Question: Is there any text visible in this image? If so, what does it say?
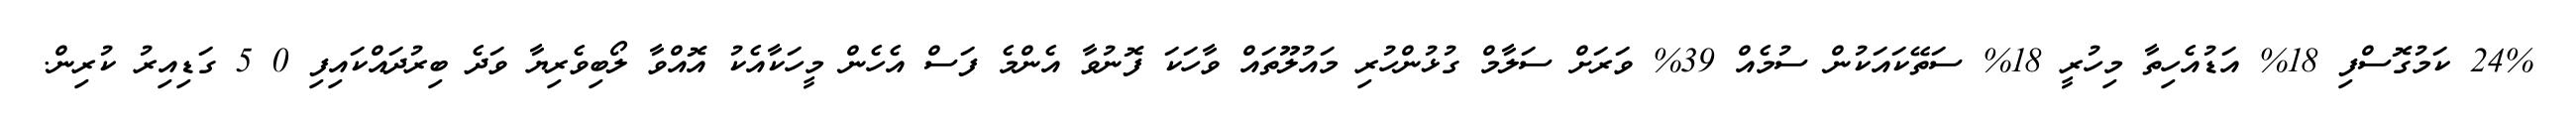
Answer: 24% ކަމުގޮސްފި 18% އަޑުއެހިތާ މިހުރީ 18% ސަތޭކައަކުން ސުމެއް 39% ވަރަށް ސަލާމް ގުޅުންހުރި މައުލޫތައް ވާހަކަ ފޮނުވާ އެންމެ ފަސް އެހެން މީހަކާއެކު އޮއްވާ ލޯބިވެރިޔާ ވަދެ ބިރުދައްކައިފި 0 5 ގަޑިއިރު ކުރިން.